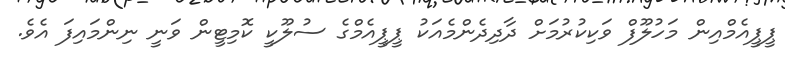
ޕީޕީއެމްއިން މަހުލޫފް ވަކިކުރުމަށް ދާދިދެންމެއަކު ޕީޕީއެމްގެ ސުލޫކީ ކޮމިޓީން ވަނީ ނިންމައިފަ އެވެ.